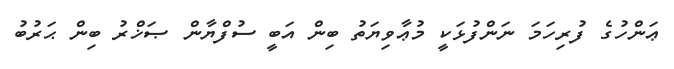
ޢަންހުގެ ފުރިހަމަ ނަންފުޅަކީ މުޢާވިޔަތު ބިން އަބީ ސުފްޔާން ޞަޚްރު ބިން ޙަރުބު